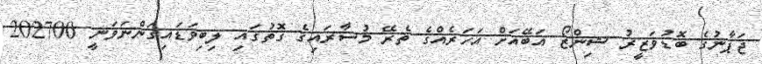
ޖަޕާނުގެ ބޮޑުވަޒީރު ޝިންޒޯ އަބޭއަށް އަހަރެއްގެ ތެރޭ މުސާރައިގެ ގޮތުގައި ލިބިވަޑައިގަންނަވަނީ 202700